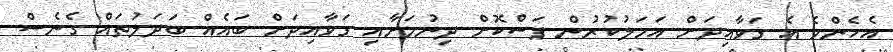
އެހެންވެ އެ ގަވާއިދަށް އަމަލުކުރުން ފަސްކޮށް ދިނުމަށާއި ގަވާއިދަށް ބައެއް ބަދަލުތައް ގެނެސް